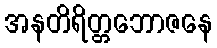
အနတိရိတ္တဘောဇနေ